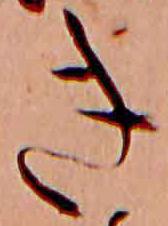
き